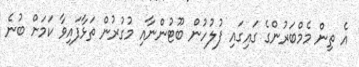
އެ ތިން މެމްބަރުންގެ ގައިގައި ފުލުހުން ބޫޓުންނާއި މުގުރުން ތަޅާފައިވާ ކަމަށް ބުނެ